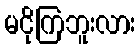
မငိုကြဘူးလား